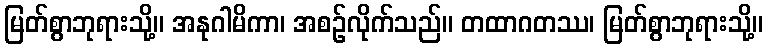
မြတ်စွာဘုရားသို့။ အနုဂါမိကာ၊ အစဉ်လိုက်သည်။ တထာဂတဿ၊ မြတ်စွာဘုရားသို့။